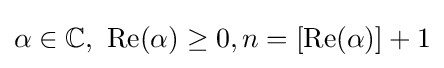
\alpha \in \mathbb {C} ,\ \operatorname {Re} (\alpha )\geq 0,n=[\operatorname {Re} (\alpha )]+1